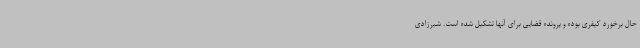
حال برخورد کیفری بوده و پرونده قضایی برای آنها تشکیل شده است. شیرزادی